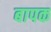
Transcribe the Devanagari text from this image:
बापक